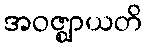
အဝဇ္ဈာယတိ